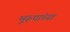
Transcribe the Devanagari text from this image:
भूरूपांच्या